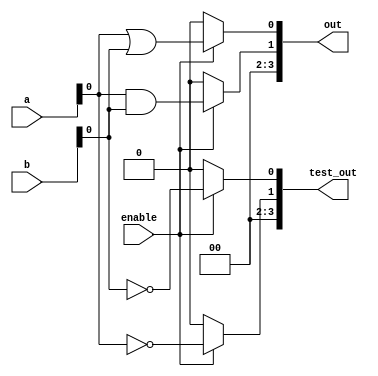
module adjacency_group (
    input wire [3:0] a,        // Input signals for the group
    input wire [3:0] b,        // Additional input signals for the group
    input wire enable,          // Enable signal for the group
    output wire [3:0] out,      // Output signals from the group
    output wire [3:0] test_out  // Test output for debugging
);

// Internal signals for logic operations
wire and_out;
wire or_out;
wire not_out_a;
wire not_out_b;

// Combinational logic operations
assign and_out = (enable) ? (a & b) : 4'b0000; // AND operation
assign or_out = (enable) ? (a | b) : 4'b0000;  // OR operation
assign not_out_a = (enable) ? ~a : 4'b0000;    // NOT operation on a
assign not_out_b = (enable) ? ~b : 4'b0000;    // NOT operation on b

// Output configuration
assign out = {and_out, or_out}; // Concatenate AND and OR outputs
assign test_out = {not_out_a, not_out_b}; // Test outputs for debugging

endmodule